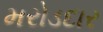
મરોડદાર